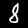
Label: 8